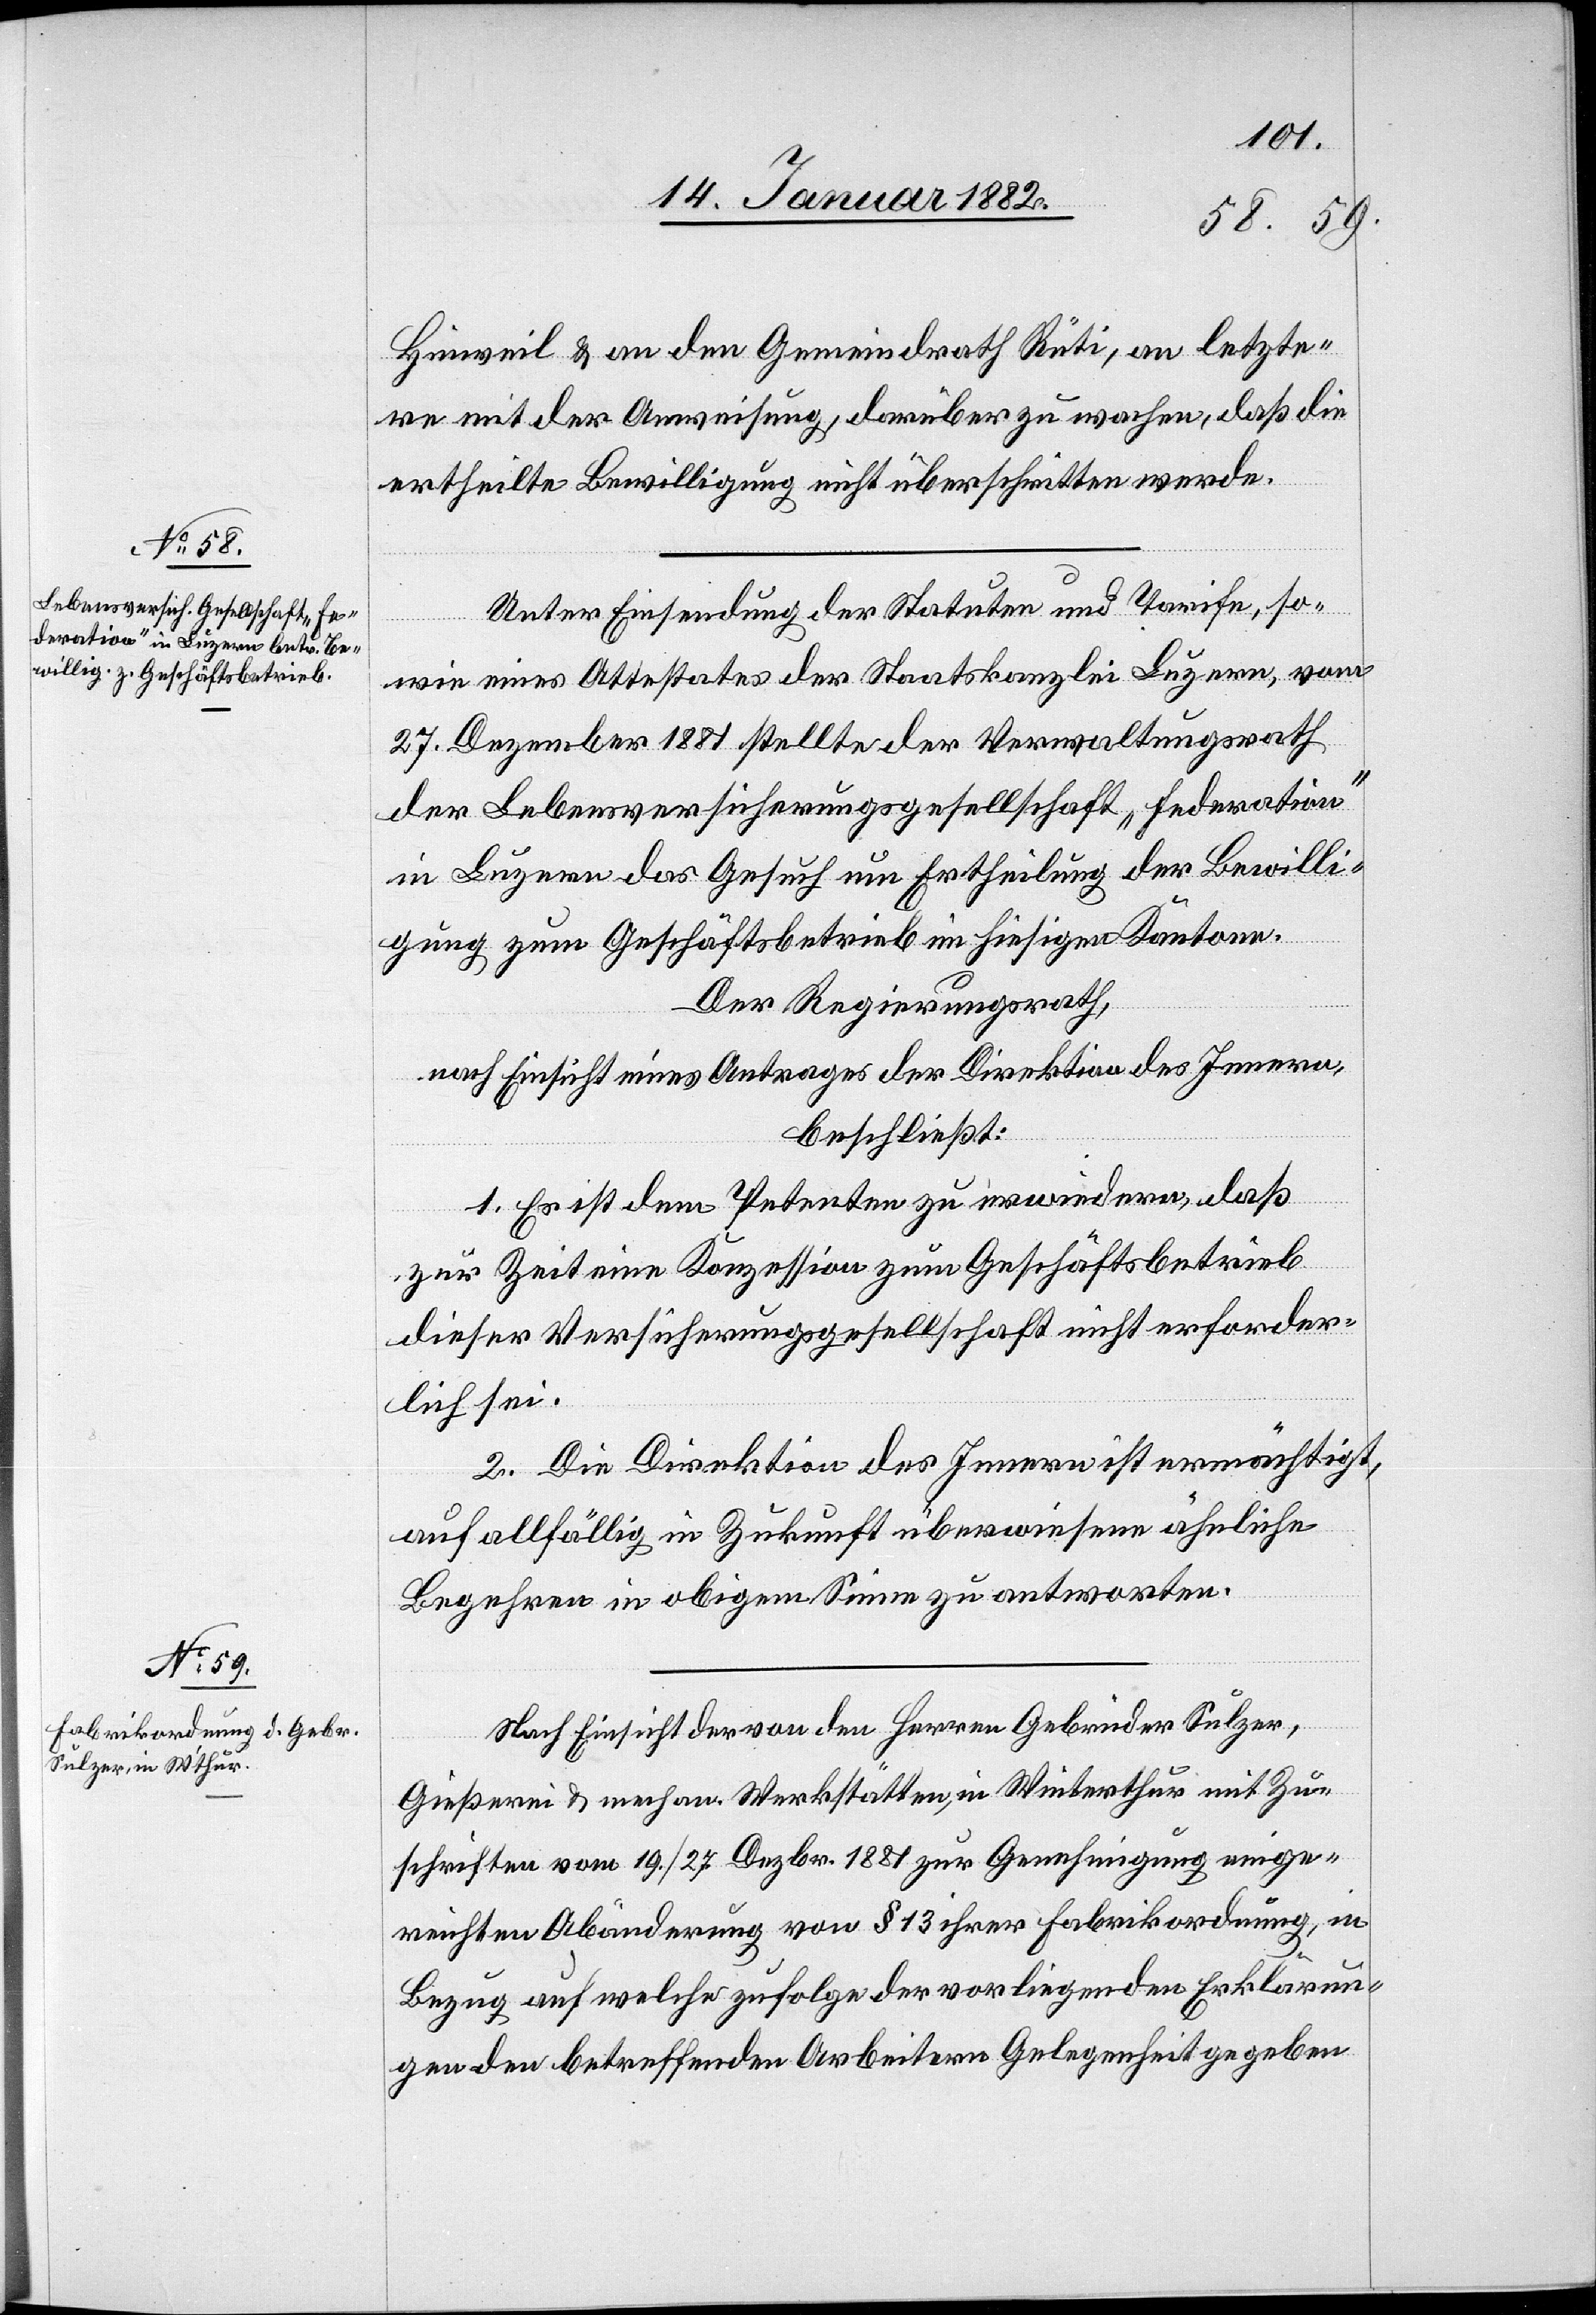
Hinweil & an den Gemeindrath Rüti, an letzte¬
rn mit der Anweisung, darüber zu wachen, daß die
ertheilte Bewilligung nicht überschritten werde.
Unter Einsendung der Statuten und Tarifen, so¬
wie eines Attestates der Staatskanzlei Luzern, vom
27. Dezember 1881 stellte der Verwaltungsrath
der Lebensversicherungsgesellschaft „Federation“
in Luzern das Gesuch um Ertheilung der Bewilli¬
gung zum Geschäftsbetrieb im hiesigen Kanton.
Der Regierungsrath,
nach Einsicht eines Antrages der Direktion des Innern,
beschließt:
1. Es ist dem Petenten zu erwiedern, daß
zur Zeit eine Konzession zum Geschäftsbetrieb
dieser Versicherungsgesellschaft nicht erforder¬
lich sei.
2. Die Direktion des Innern ist ermächtigt,
auf allfällig in Zukunft überwiesene ähnliche
Begehren in obigem Sinne zu antworten.
Nach Einsicht der von den Herren Gebrüder Sulzer,
Gießerei & mechan. Werkstätte, in Winterthur mit Zu¬
schriften vom 19./28. Dezbr. 1881 zur Genehmigung einge¬
reichten Abänderung von § 13 ihrer Fabrikordnung, in
Bezug auf welche zufolge der vorliegenden Erklärun¬
gen den betreffenden Arbeitern Gelegenheit gegeben